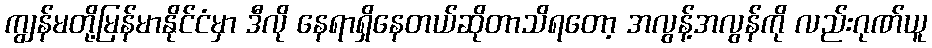
ကျွန်မတို့မြန်မာနိုင်ငံမှာ ဒီလို နေရာရှိနေတယ်ဆိုတာသိရတော့ အလွန့်အလွန်ကို လည်းဂုဏ်ယူ